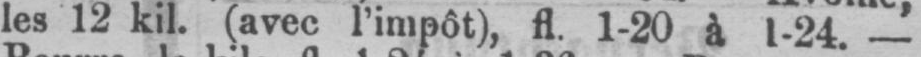
les 12 kil. (avec l’impôt), fl. 1-20 à 1-24. -